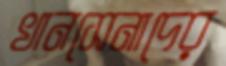
খানসেনাদের